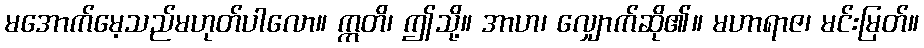
မအောက်မေ့သည်မဟုတ်ပါလော။ ဣတိ၊ ဤသို့။ အာဟ၊ လျှောက်ဆို၏။ မဟာရာဇ၊ မင်းမြတ်။